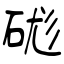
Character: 硥